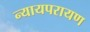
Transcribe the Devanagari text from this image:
न्यायपरायण